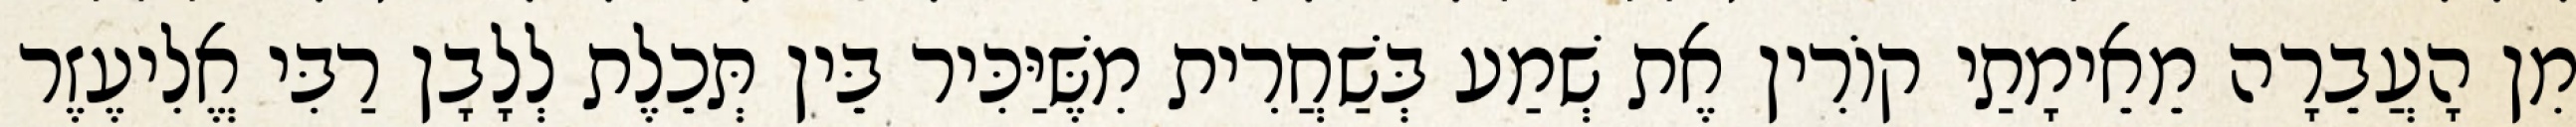
מִן הָעֲבֵרָה מֵאֵימָתַי קוֹרִין אֶת שְׁמַע בְּשַׁחֲרִית מִשֶּׁיַּכִּיר בֵּין תְּכֵלֶת לְלָבָן רַבִּי אֱלִיעֶזֶר